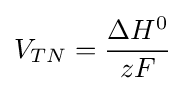
V_{TN}={\frac {\Delta H^{0}}{zF}}